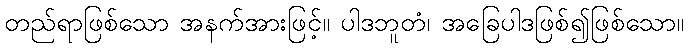
တည်ရာဖြစ်သော အနက်အားဖြင့်။ ပါဒဘူတံ၊ အခြေပါဒဖြစ်၍ဖြစ်သော။